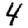
Digit: 4